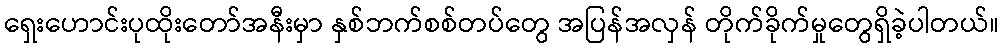
ရှေးဟောင်းပုထိုးတော်အနီးမှာ နှစ်ဘက်စစ်တပ်တွေ အပြန်အလှန် တိုက်ခိုက်မှုတွေရှိခဲ့ပါတယ်။